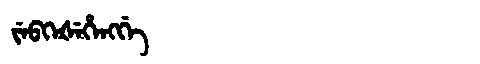
Manchu: ᠵᡝᠪᡴᡝᡧᡝᡥᡝᠩᡤᡝ
Romanization: JEBKEŠEHENGGE